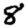
Digit: 8